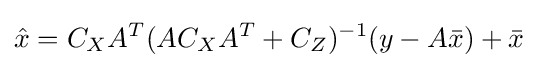
{\hat {x}}=C_{X}A^{T}(AC_{X}A^{T}+C_{Z})^{-1}(y-A{\bar {x}})+{\bar {x}}